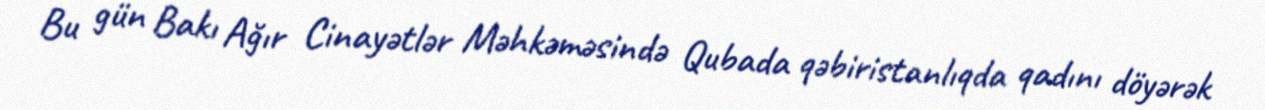
Bu gün Bakı Ağır Cinayətlər Məhkəməsində Qubada qəbiristanlıqda qadını döyərək